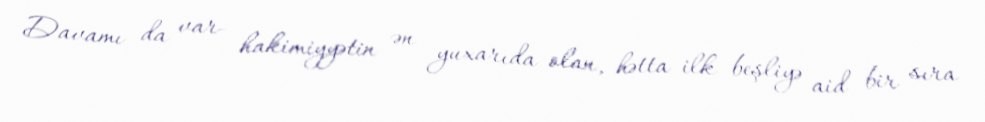
Davamı da var- hakimiyyətin ən yuxarıda olan, hətta ilk beşliyə aid bir sıra